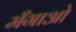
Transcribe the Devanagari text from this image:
मँगाओ